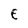
Character: E